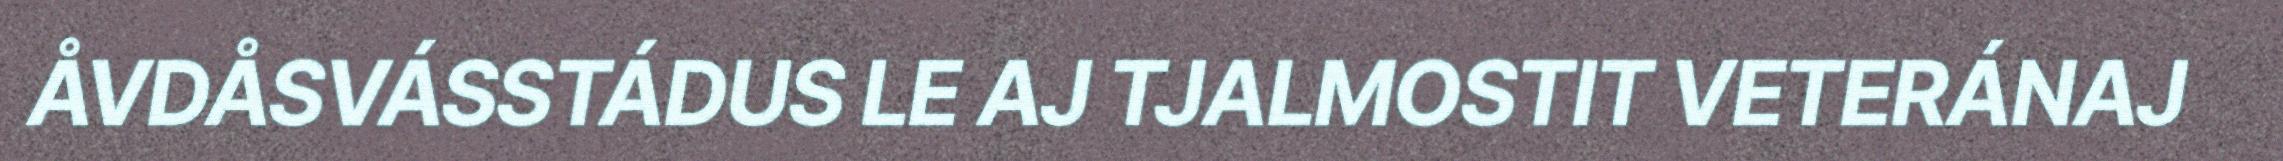
ÅVDÅSVÁSSTÁDUS LE AJ TJALMOSTIT VETERÁNAJ